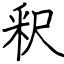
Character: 釈